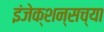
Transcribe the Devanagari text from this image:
इंजेक्शन्सच्या